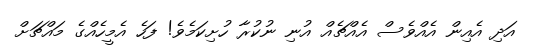
އަދި އެއިން އެއްވެސް އެއްޗެއް އުނި ނުކުރާ ހުށިކަމެވެ! ފަހެ އެމީހެއްގެ މައްޗަށް